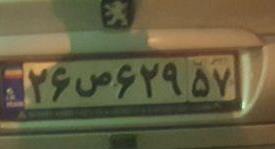
۲۶ص۶۲۹۵۷